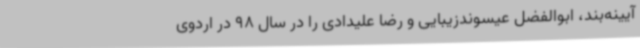
آیینه‌بند، ابوالفضل عیسوندزیبایی و رضا علیدادی را در سال 98 در اردوی